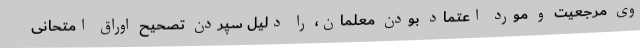
وی مرجعیت و مورد اعتماد بودن معلمان، را دلیل سپردن تصحیح اوراق امتحانی